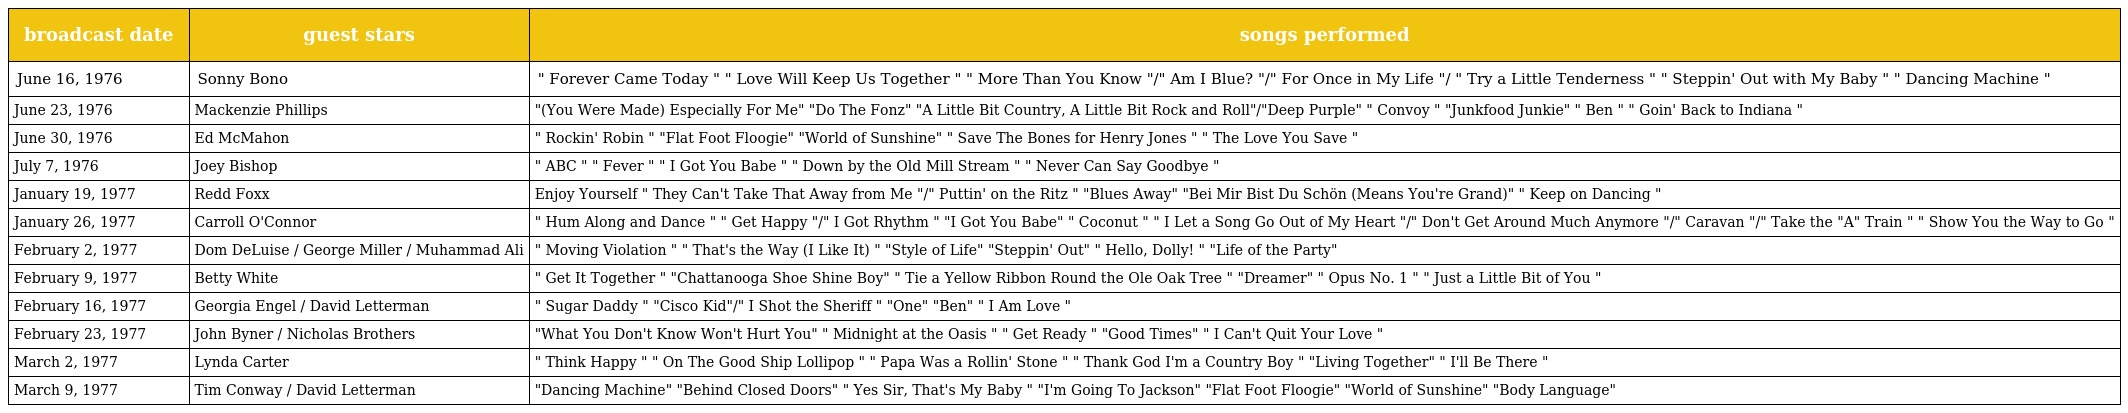
| broadcast date | guest stars | songs performed |
 | --- | --- | --- |
 | June 16, 1976 | Sonny Bono | " Forever Came Today " " Love Will Keep Us Together " " More Than You Know "/" Am I Blue? "/" For Once in My Life "/ " Try a Little Tenderness " " Steppin' Out with My Baby " " Dancing Machine " |
 | June 23, 1976 | Mackenzie Phillips | "(You Were Made) Especially For Me" "Do The Fonz" "A Little Bit Country, A Little Bit Rock and Roll"/"Deep Purple" " Convoy " "Junkfood Junkie" " Ben " " Goin' Back to Indiana " |
 | June 30, 1976 | Ed McMahon | " Rockin' Robin " "Flat Foot Floogie" "World of Sunshine" " Save The Bones for Henry Jones " " The Love You Save " |
 | July 7, 1976 | Joey Bishop | " ABC " " Fever " " I Got You Babe " " Down by the Old Mill Stream " " Never Can Say Goodbye " |
 | January 19, 1977 | Redd Foxx | Enjoy Yourself " They Can't Take That Away from Me "/" Puttin' on the Ritz " "Blues Away" "Bei Mir Bist Du Schön (Means You're Grand)" " Keep on Dancing " |
 | January 26, 1977 | Carroll O'Connor | " Hum Along and Dance " " Get Happy "/" I Got Rhythm " "I Got You Babe" " Coconut " " I Let a Song Go Out of My Heart "/" Don't Get Around Much Anymore "/" Caravan "/" Take the "A" Train " " Show You the Way to Go " |
 | February 2, 1977 | Dom DeLuise / George Miller / Muhammad Ali | " Moving Violation " " That's the Way (I Like It) " "Style of Life" "Steppin' Out" " Hello, Dolly! " "Life of the Party" |
 | February 9, 1977 | Betty White | " Get It Together " "Chattanooga Shoe Shine Boy" " Tie a Yellow Ribbon Round the Ole Oak Tree " "Dreamer" " Opus No. 1 " " Just a Little Bit of You " |
 | February 16, 1977 | Georgia Engel / David Letterman | " Sugar Daddy " "Cisco Kid"/" I Shot the Sheriff " "One" "Ben" " I Am Love " |
 | February 23, 1977 | John Byner / Nicholas Brothers | "What You Don't Know Won't Hurt You" " Midnight at the Oasis " " Get Ready " "Good Times" " I Can't Quit Your Love " |
 | March 2, 1977 | Lynda Carter | " Think Happy " " On The Good Ship Lollipop " " Papa Was a Rollin' Stone " " Thank God I'm a Country Boy " "Living Together" " I'll Be There " |
 | March 9, 1977 | Tim Conway / David Letterman | "Dancing Machine" "Behind Closed Doors" " Yes Sir, That's My Baby " "I'm Going To Jackson" "Flat Foot Floogie" "World of Sunshine" "Body Language" |